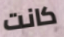
كانت